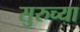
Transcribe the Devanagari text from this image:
सुरुच्या